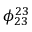
\phi _ { 2 3 } ^ { 2 3 }